Report on the working of the Ranchi Indian Mental Hospital, Kanke, in Bihar and Orissa - 1930-1940
Year: 1930
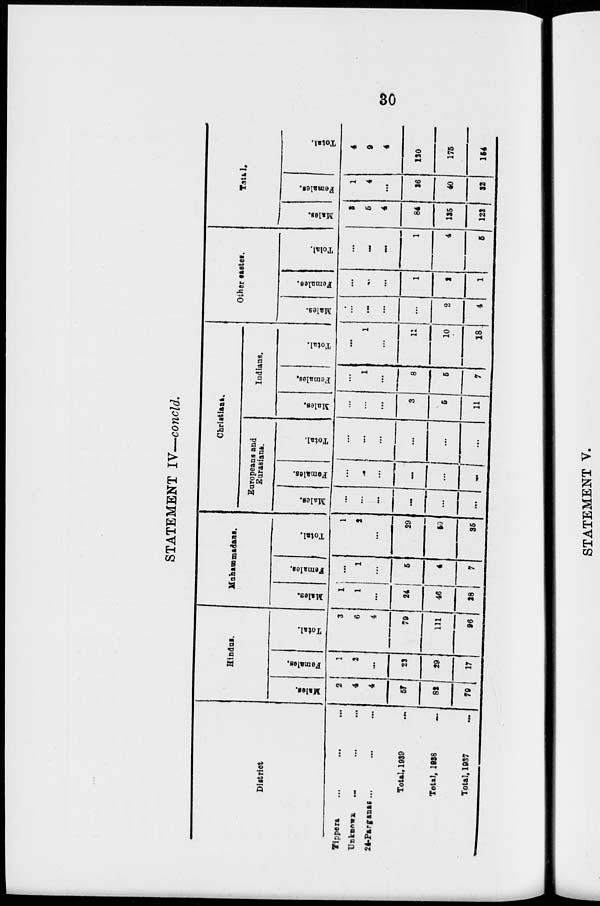
30
STATEMENT IV—concld.
District.
Tippera ... ... ...
Unknown ... ... ...
24-Parganas ... ... ...
Total, 1939 ...
Total, 1938 ...
Total, 1937 ...
Hindus.
Males.
2
4
4
57
82
79
Females.
1
2
...
22
29
17
Total.
3
6
4
79
111
96
Muhammadans.
Males.
1
1
...
24
46
28
Females.
...
1
...
5
4
7
Total.
1
2
...
29
50
35
Christians.
Europeans and
Eurasians.
Males.
...
...
...
...
...
...
Females.
...
...
...
...
...
...
Total.
...
...
...
...
...
...
Indians.
Males.
...
...
...
3
5
11
Females.
...
1
...
8
5
7
Total.
...
1
...
11
10
18
Other castes.
Males.
...
...
...
...
2
4
Females.
...
...
...
1
2
1
Total.
...
...
...
1
4
5
Total.
Males.
3
5
4
84
135
122
Females.
1
4
...
36
40
32
Total.
4
9
4
120
175
154